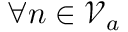
\forall n \in \mathcal { V } _ { a }